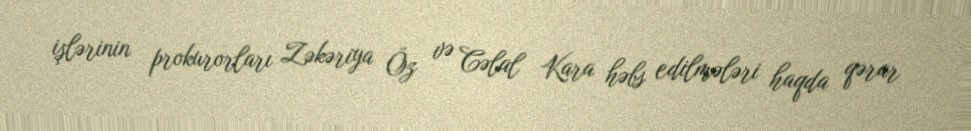
işlərinin prokurorları Zəkəriya Öz və Cəlal Kara həbs edilmələri haqda qərar